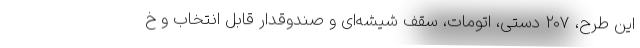
این طرح، 207 دستی، اتومات، سقف شیشه‌ای و صندوقدار قابل انتخاب و خ